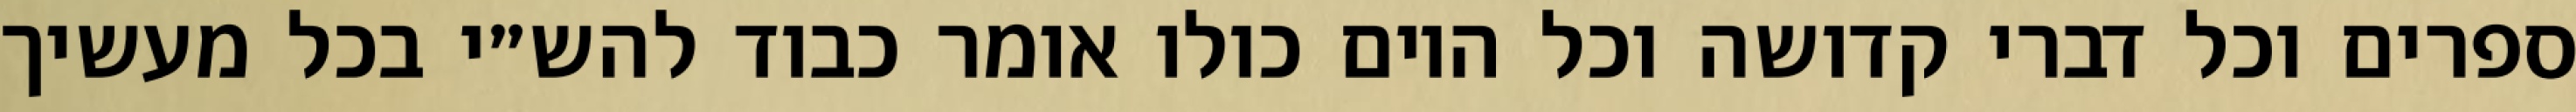
ספרים וכל דברי קדושה וכל היום כולו אומר כבוד להש״י בכל מעשיך